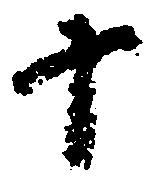
十